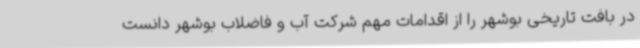
در بافت تاریخی بوشهر را از اقدامات مهم شرکت آب و فاضلاب بوشهر دانست